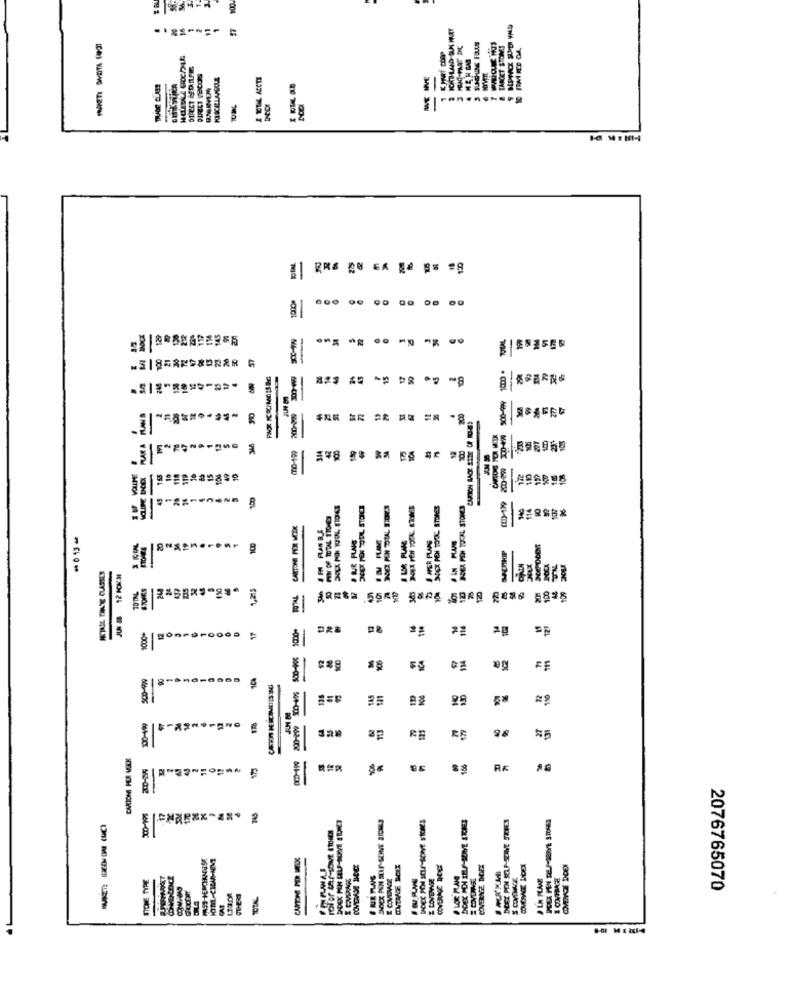
=
SUNSHINE FOUUS
TARGET STONES
ANE MIVE
Ta
-
..
=Ï| ** B2622255
ESASEN
-
8
-
45
se
8
SOCX PEN TOOL STONES
14
S P FLANBLE
- 013-
. BIR PLANS
8
=
TKA
421
24
8
29
PANO
123
27
98
684-001
RE
661-000
-
rol or tar-sove smets
CARTONE PER MELK
STORE TYRE
Z LIVEWE
TOTAL
2076765070